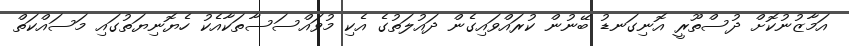
އަމާޒުނުކޮށް ދުސްތޫރީ އޮނިގަނޑު ބޭނުން ކުރައްވައިގެން ދައުލަތުގެ އެކި މުވައްސަސާތަކާއެކު ހެޔޮނިޔަތުގައި މަސައްކަތް